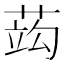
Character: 𦵑